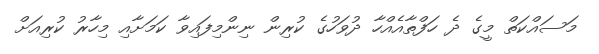
މަސައްކަތް މީގެ ދެ ހަފްތާއެއްހާ ދުވަހުގެ ކުރިން ނިންމިފައިވާ ކަމަށާއި މިހާރު ކުރިއަށް